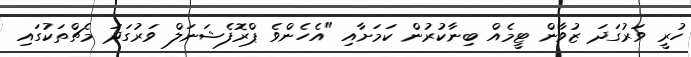
ހުރީ ވަރުގަދަ ޒުވާން ޓީމެއް ބިނާކުރުން ކަމަށާއި "އެހެންވެ ޕްރޮފެޝަނަލް ވަރުގަދަ މެޗްތަކުގައި